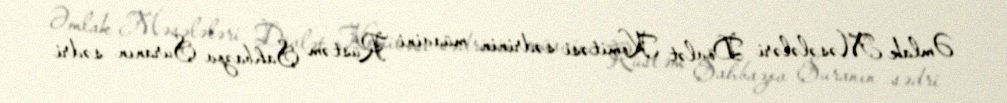
Əmlak Məsələləri Dövlət Komitəsi sədrinin müavini Rüstəm Şahbazov Şuranın sədri